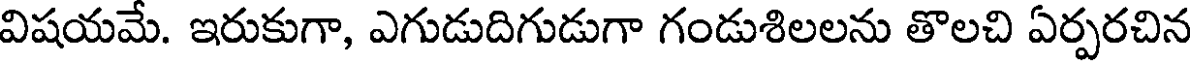
విషయమే. ఇరుకుగా, ఎగుడుదిగుడుగా గండుశిలలను తొలచి ఏర్పరచిన